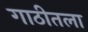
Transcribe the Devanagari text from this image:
गाठीतला